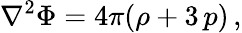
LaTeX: \nabla^{2}\Phi=4\pi(\rho+3\, p)\, ,